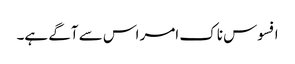
افسوس ناک امر اس سے آگے ہے۔